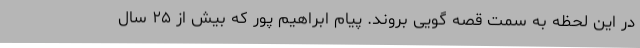
در این لحظه به سمت قصه گویی بروند. پیام ابراهیم پور که بیش از ۲۵ سال